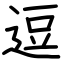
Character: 逗